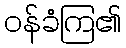
ဝန်ခံကြ၏